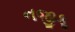
નજીકૢ